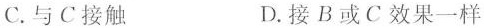
C.与C接触 D.接B或C效果一样